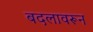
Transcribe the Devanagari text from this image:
बदलावरून